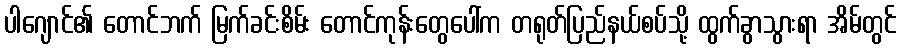
ပါဂျောင်၏ တောင်ဘက် မြက်ခင်းစိမ်း တောင်ကုန်းတွေပေါ်က တရုတ်ပြည်နယ်စပ်သို့ ထွက်ခွာသွားရာ အိမ်တွင်